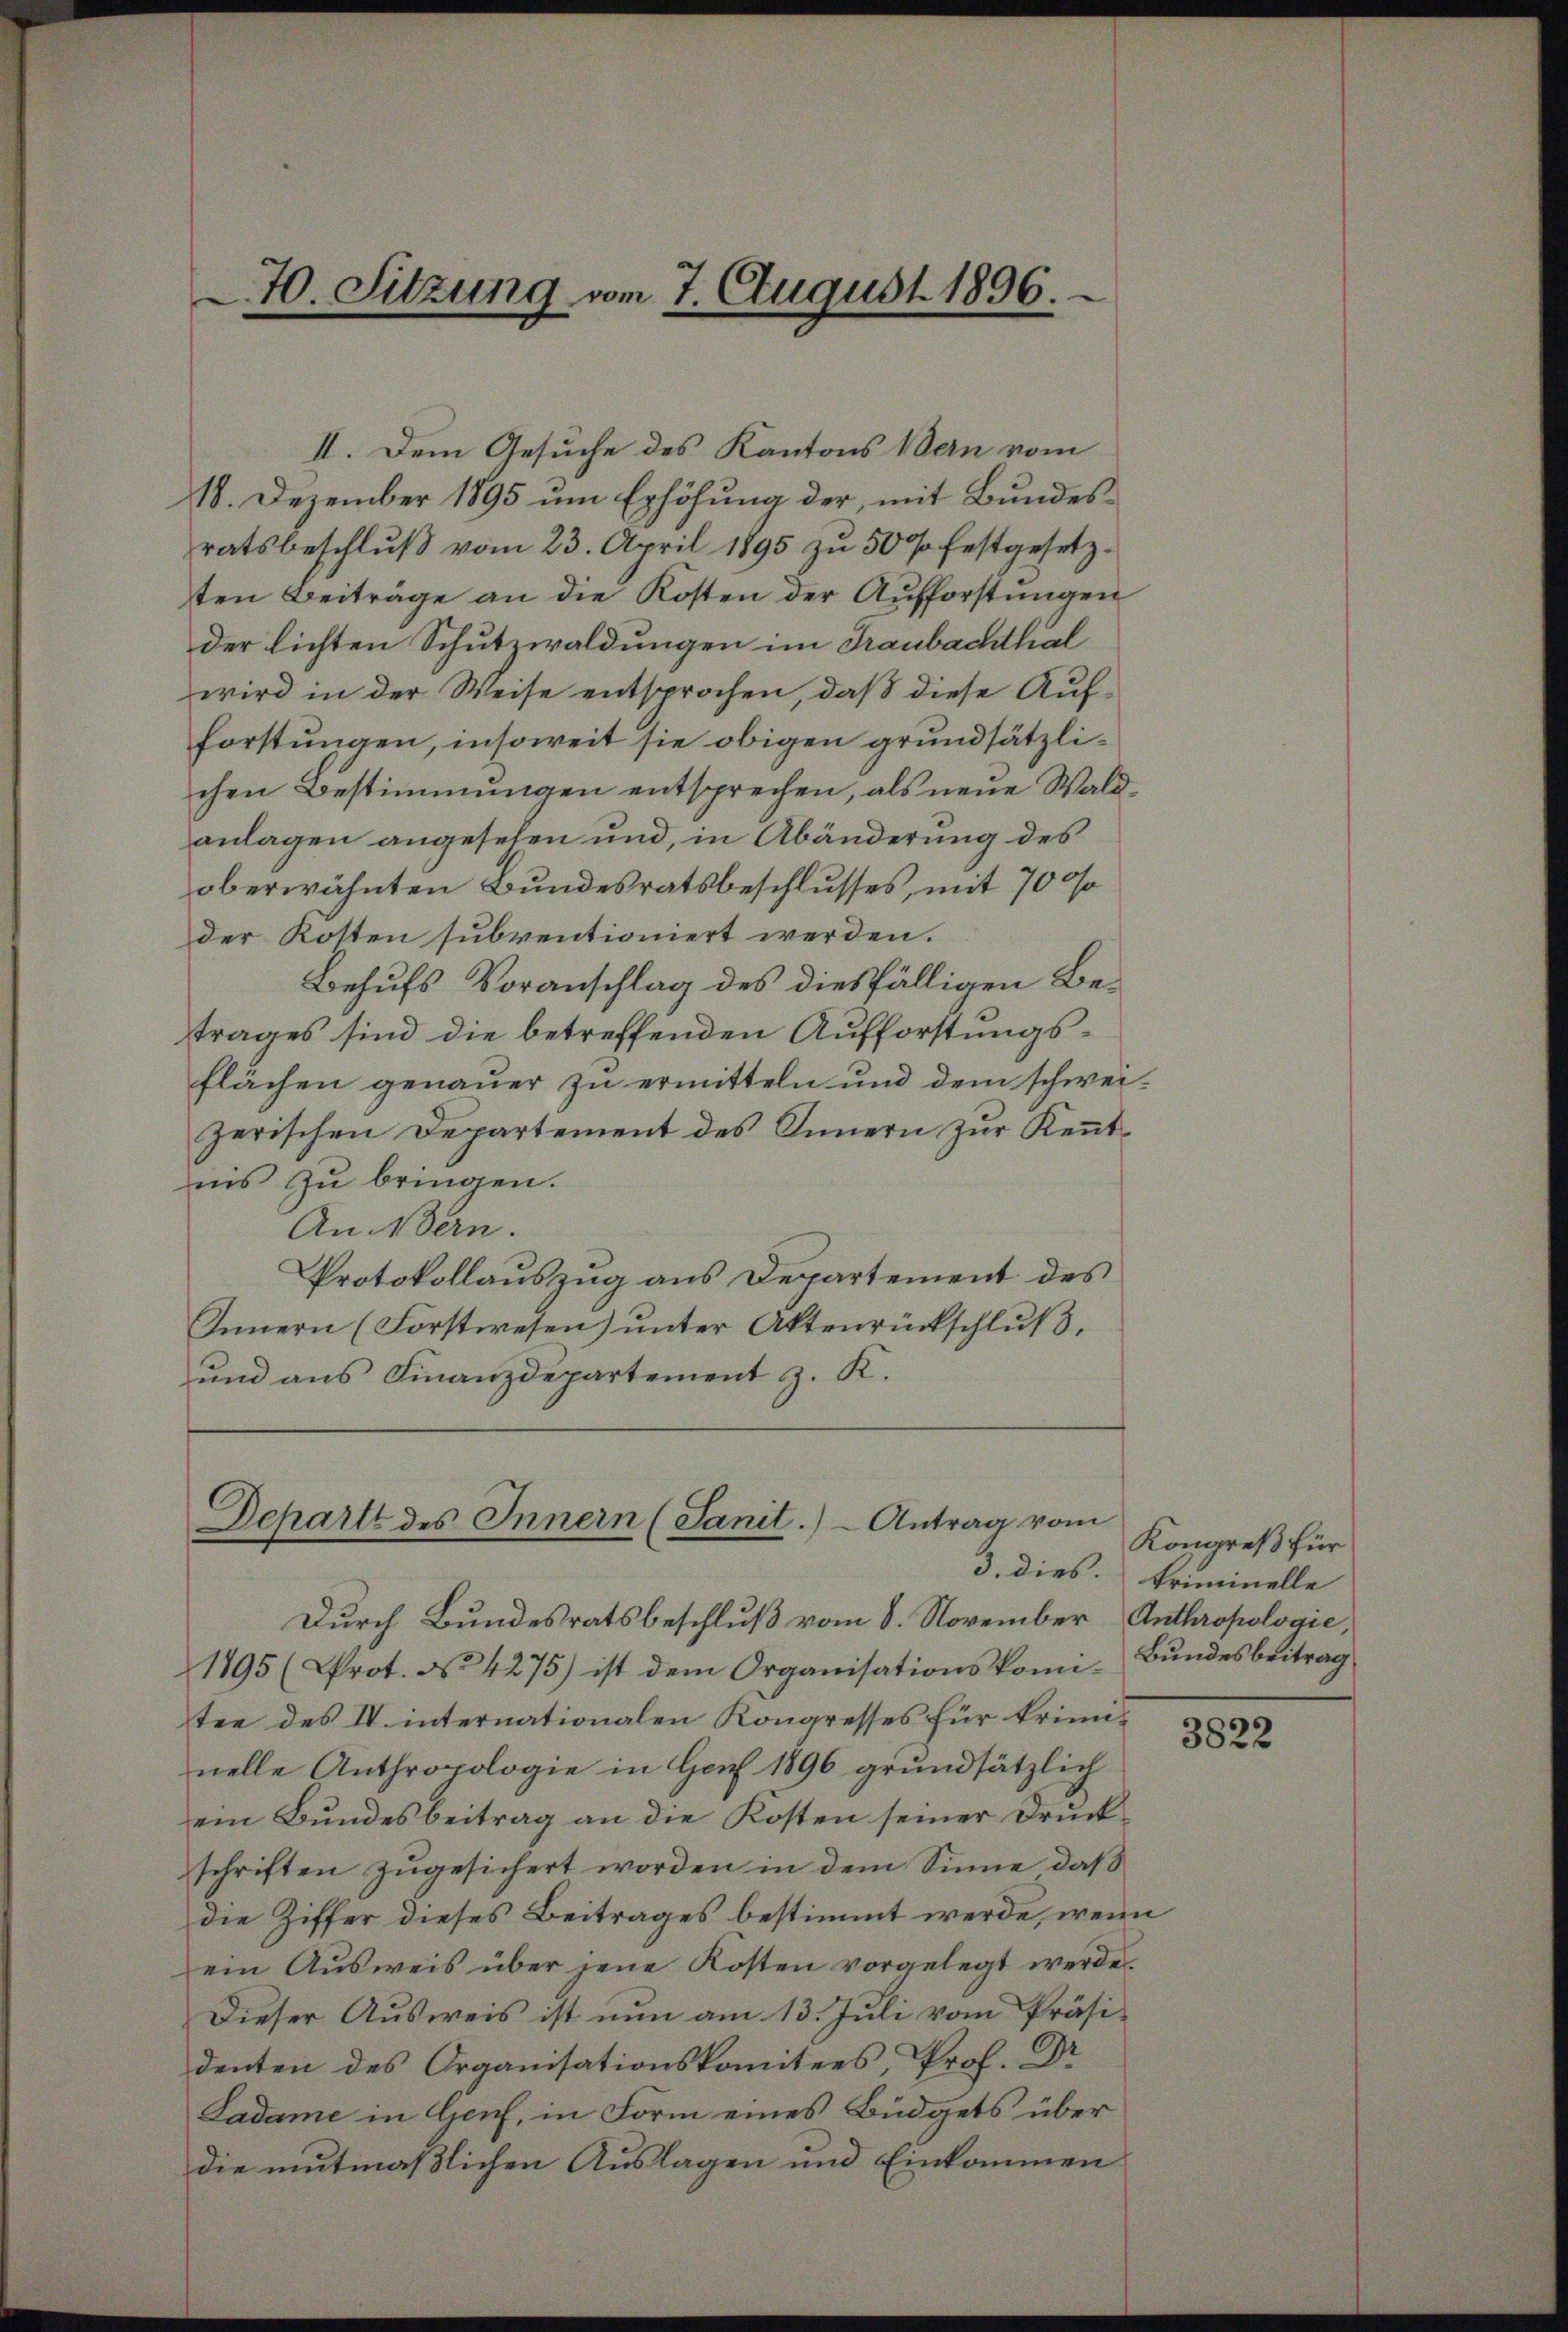
70. Sitzung vom 7. August 1896.

II. Dem Gesuche des Kantons Bern vom
18. Dezember 1895 um Erhöhung der, mit Bundesratsbeschlŭβ vom 23. April 1895 zŭ 50 l. festgesetz-
ten Beiträge an die Kosten der Aufforstungen
der lichten Schutzwaldungen im Traubachthal
wird in der Weise entsprochen, daß diese Aufforstungen, insoweit sie obigen grundsätzlichen Bestimmungen entsprechen, als neue Waldanlagen angesehen und, in Abänderung des
oberwähnten Bundesratsbeschlusses, mit 700
der Rotten subventioniert werden.
Behufs Voranschlag des diesfälligen Betrages sind die betreffenden Aufforstungsflächen genauer zu ermitteln und dem schweizerischen Departement des Innern zur Kenntnis zu bringen.
An Bern.
Protokollauszug aus Departement des
Innern (Forstwesen) unter Aktenrückschluß,
und aus Finanzdepartement z. K.

Schartt des Innern (Sanit.) Antrag vom

Durch Bundesratsbeschluß vom 8. November Anthropologie,
1895 (Prot. No 4275) ist dem Organisationskomi-Bŭndesbeitrag
ten des IV. internationalen Kongresses für kriminelle Anthropologie in Genf 1896 grundsätzlich
ein Bundesbeitrag an die Kosten seiner Druck
schriften zugesichert worden in dem Sinne daß
die Ziffer dieses Beitrages bestimmt werde, wenn
ein Ausweis über jene Kosten vorgelegt werde.
Dieser Ausweis ist nun am 13. Juli vom Präsi¬
.
Ladame in Genf, in Form eines Büdgets über
die mutmaßlichen Auslagen und Einkommen

Kongreß für
3. dies. Priminelle

3822